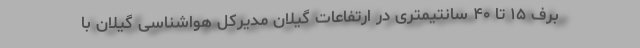
برف ۱۵ تا ۴۰ سانتیمتری در ارتفاعات گیلان مدیرکل هواشناسی گیلان با